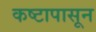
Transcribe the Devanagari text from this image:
कष्टापासून